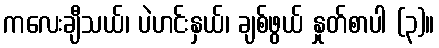
ကလေးချီသယ်၊ ပဲဟင်းနှယ်၊ ချစ်ဖွယ် နှုတ်စာပါ (၃)။